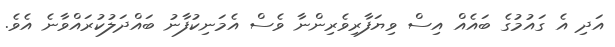
އަދި އެ ގައުމުގެ ބައެެއް އިސް ވިޔަފާރިވެރިންނާ ވެސް އެމަނިކުފާނު ބައްދަލުކުރަައްވާނެ އެވެ.